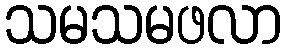
သမသမဖလာ